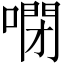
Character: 𠻻